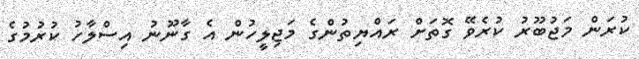
ކުރަން މަޖުބޫރު ކުރެވޭ ގޮތަށް ރައްޔިތުންގެ މަޖިލީހުން އެ ގާނޫނު އިސްލާހު ކުރުމުގެ